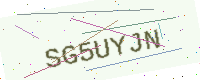
Text: SG5UYJN